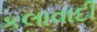
કલાવાદી